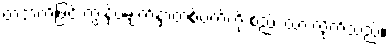
တဘက်ဖြင့် ကျွန်ုပ်မျက်နှာတစ်ဝက်ကို စည်း ထားလိုက်သည်။